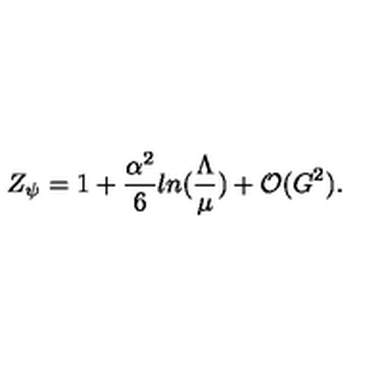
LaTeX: Z _ { \psi } = 1 + \frac { \alpha ^ { 2 } } { 6 } l n ( \frac { \Lambda } { \mu } ) + { \cal O } ( G ^ { 2 } ) .